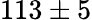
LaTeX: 113\pm 5